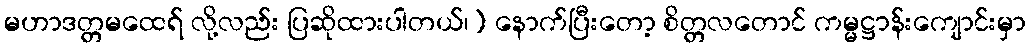
မဟာဒတ္တမထေရ် လို့လည်း ပြဆိုထားပါတယ်၊) နောက်ပြီးတော့ စိတ္တလတောင် ကမ္မဋ္ဌာန်းကျောင်းမှာ